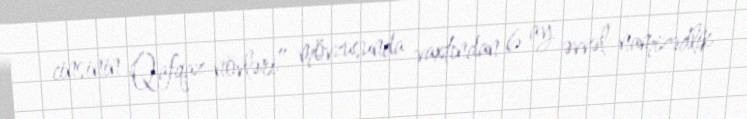
cinsinin Qafqaz növləri” mövzusunda vaxtından 6 ay əvvəl namizədlik